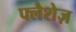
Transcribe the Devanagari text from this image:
फ्लैशेज़